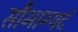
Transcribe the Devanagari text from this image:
सौभाग्यदं